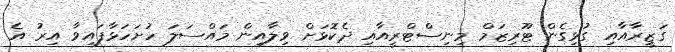
ގަޒީރާއާއި ގުޅިގެން ޓޫރިޒަމް މިނިސްޓްރީއާއި ދެކޮޅަށް ވިލާއިން މައްސަލަ ހުށަހަޅާފައިވާ އިރު އެ